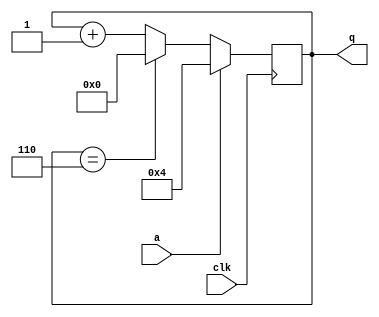
module top_module (
    input clk,
    input a,
    output [3:0] q );

    always @(posedge clk) begin
        if (a) begin
            q <= 4'd4;
        end
        else begin
            q <= (q==4'd6) ? 0:q+1;
    	end
    end
endmodule